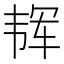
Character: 𱂈